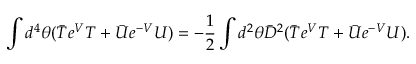
\int d ^ { 4 } \theta ( \bar { T } e ^ { V } T + \bar { U } e ^ { - V } U ) = - \frac { 1 } { 2 } \int d ^ { 2 } \theta \bar { D } ^ { 2 } ( \bar { T } e ^ { V } T + \bar { U } e ^ { - V } U ) .